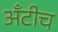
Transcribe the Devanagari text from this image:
अँटीच